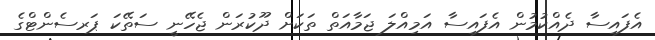
އެފައިސާ ދެއްކުމުން އެފައިސާ އަމިއްލަ ޖަމާއަތް ތަކަށް ދޫކުރަން ޖެހޭނީ ސަތޭކަ ޕަރސެންޓްގެ